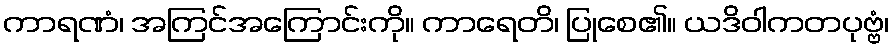
ကာရဏံ၊ အကြင်အကြောင်းကို။ ကာရေတိ၊ ပြုစေ၏။ ယဒိဝါကတပုဗ္ဗံ၊